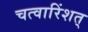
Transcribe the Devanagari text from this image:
चत्वारिंशत्